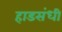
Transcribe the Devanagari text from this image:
हाडसंधी